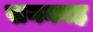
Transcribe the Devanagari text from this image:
खनकाह